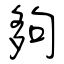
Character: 夠